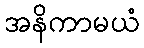
အနိကာမယံ